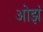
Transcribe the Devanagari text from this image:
ओझं